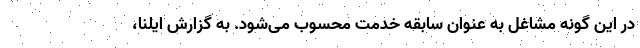
در این گونه مشاغل به عنوان سابقه خدمت محسوب می‌شود. به گزارش ایلنا،